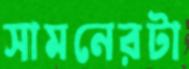
সামনেরটা